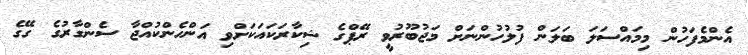
އެންމެފަހުން މިމައްސަލަ ބަލަން ފުލުހުންނަށް މަޖުބޫރުވީ ރޭޕްގެ ޝިކާރަކައަކަށްވި އަންހެންކުއްޖާ ސެންގާރުގެ ގޭގެ